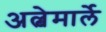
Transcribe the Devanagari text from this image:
अल्बेमार्ले